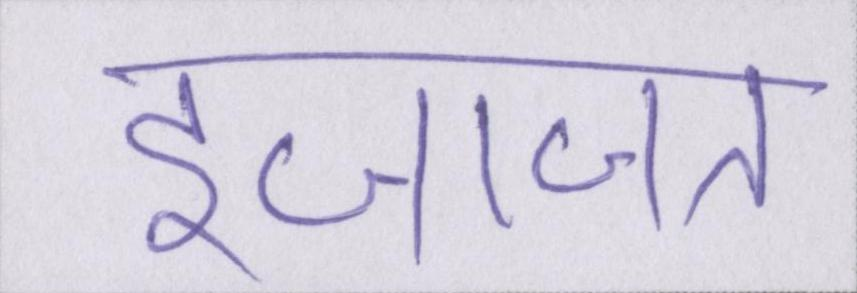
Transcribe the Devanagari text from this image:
इजाजत